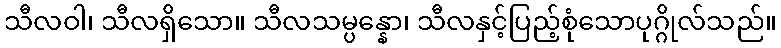
သီလဝါ၊ သီလရှိသော။ သီလသမ္ပန္နော၊ သီလနှင့်ပြည့်စုံသောပုဂ္ဂိုလ်သည်။